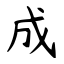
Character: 成